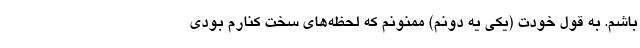
باشم. به قول خودت (یکی یه دونم) ممنونم که لحظه‌های سخت کنارم بودی